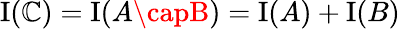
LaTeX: \operatorname{I}(\mathbb{C})=\operatorname{I}(A\capB)=\operatorname{I}(A)+\operatorname{I}(B)